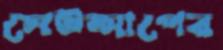
সেটআপের